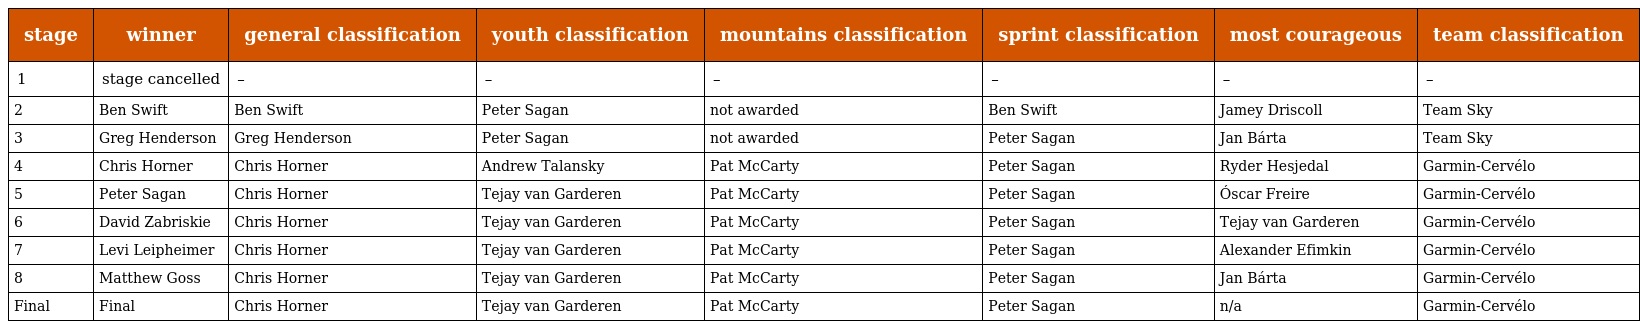
| stage | winner | general classification | youth classification | mountains classification | sprint classification | most courageous | team classification |
 | --- | --- | --- | --- | --- | --- | --- | --- |
 | 1 | stage cancelled | – | – | – | – | – | – |
 | 2 | Ben Swift | Ben Swift | Peter Sagan | not awarded | Ben Swift | Jamey Driscoll | Team Sky |
 | 3 | Greg Henderson | Greg Henderson | Peter Sagan | not awarded | Peter Sagan | Jan Bárta | Team Sky |
 | 4 | Chris Horner | Chris Horner | Andrew Talansky | Pat McCarty | Peter Sagan | Ryder Hesjedal | Garmin-Cervélo |
 | 5 | Peter Sagan | Chris Horner | Tejay van Garderen | Pat McCarty | Peter Sagan | Óscar Freire | Garmin-Cervélo |
 | 6 | David Zabriskie | Chris Horner | Tejay van Garderen | Pat McCarty | Peter Sagan | Tejay van Garderen | Garmin-Cervélo |
 | 7 | Levi Leipheimer | Chris Horner | Tejay van Garderen | Pat McCarty | Peter Sagan | Alexander Efimkin | Garmin-Cervélo |
 | 8 | Matthew Goss | Chris Horner | Tejay van Garderen | Pat McCarty | Peter Sagan | Jan Bárta | Garmin-Cervélo |
 | Final | Final | Chris Horner | Tejay van Garderen | Pat McCarty | Peter Sagan | n/a | Garmin-Cervélo |